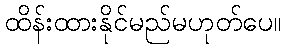
ထိန်းထားနိုင်မည်မဟုတ်ပေ။